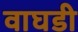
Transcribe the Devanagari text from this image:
वाघडी